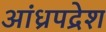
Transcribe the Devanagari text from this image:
आंध्रपद्रेश